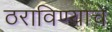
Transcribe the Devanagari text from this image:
ठराविण्याचे